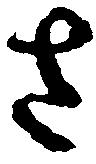
さ